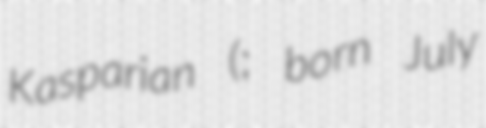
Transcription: Kasparian (; born July